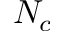
N _ { c }